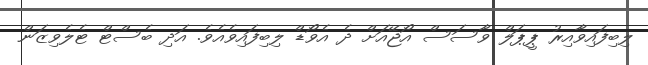
ލިބިފައިވާއިރު ޕީޕަލް ވާސަސް އޯޖޭއަށް ދެ އެވޯޑް ލިބިފައިވެއެވެ. އަދި ބެސްޓް ޓެލެވިޒަން